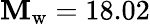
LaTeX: \mathbf{M}_{\mathrm{{w}}}=18.02